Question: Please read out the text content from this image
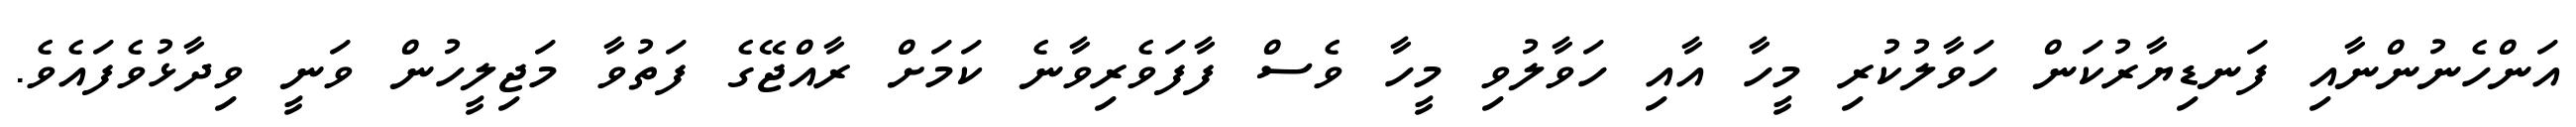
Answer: އަންހެނުންނާއި ފަނޑިޔާރުކަން ހަވާލުކުރި މީހާ އާއި ހަވާލުވި މީހާ ވެސް ފާފަވެރިވާނެ ކަމަށް ރާއްޖޭގެ ފަތުވާ މަޖިލީހުން ވަނީ ވިދާޅުވެފައެވެ.